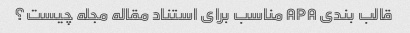
قالب بندی APA مناسب برای استناد مقاله مجله چیست؟